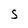
Character: S